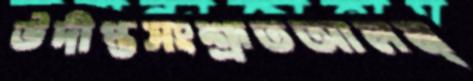
উদীপ্তসংশ্রূতআলম্